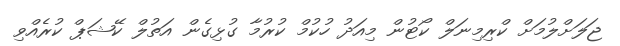
ޖަލަށްލުމަށް ކްރިމިނަލް ކޯޓުން މިއަދު ހުކުމް ކުރުމާ ގުޅިގެން އަތުލް ކޭޝަޕް ކުރެއްވި